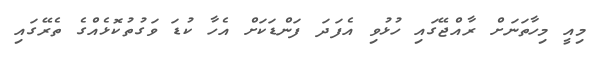
މިއީ މިހާތަނަށް ރާއްޖޭގައި ހުޅުވި އެފަދަ ފަންޑަކަށް އެހާ ކުޑަ ވަގުތުކޮޅެއްގެ ތެރޭގައި